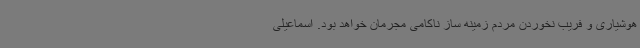
هوشیاری و فریب نخوردن مردم زمینه ساز ناکامی مجرمان خواهد بود. اسماعیلی